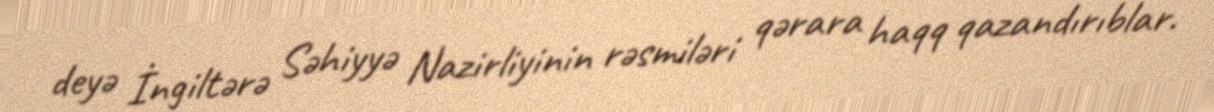
deyə İngiltərə Səhiyyə Nazirliyinin rəsmiləri qərara haqq qazandırıblar.